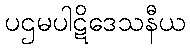
ပဌမပါဋိဒေသနီယ